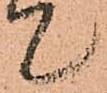
て